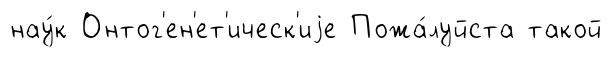
нау́к Онтог'ен'ет'ическ'иjе Пожа́луйста такой